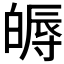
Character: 𤾖